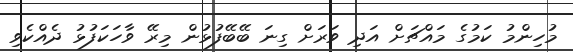
މުހިންމު ކަމުގެ މައްޗަށް އަދި ވަރަށް ގިނަ ބޭބޭފުޅުން މިރޭ ވާހަކަފުޅު ދެއްކެވި